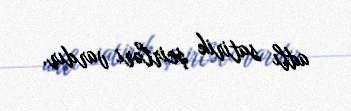
adlı satirik şeirləri vardır.